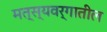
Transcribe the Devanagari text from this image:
मत्स्यवर्गातील